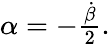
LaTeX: \begin{array}{r}{\alpha=-\frac{\dot{\beta}}{2}.}\end{array}